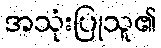
အသုံးပြုသူ၏